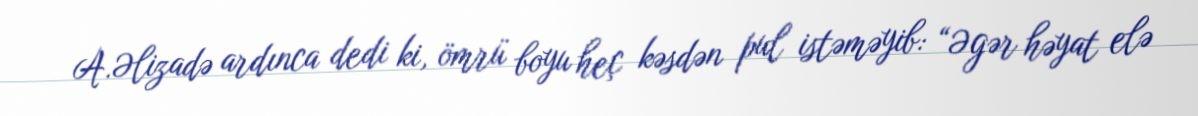
A.Əlizadə ardınca dedi ki, ömrü boyu heç kəsdən pul istəməyib: “Əgər həyat elə